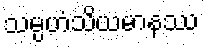
သမ္ပဟံသိယမာနဿ